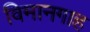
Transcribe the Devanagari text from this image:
विमानगाह